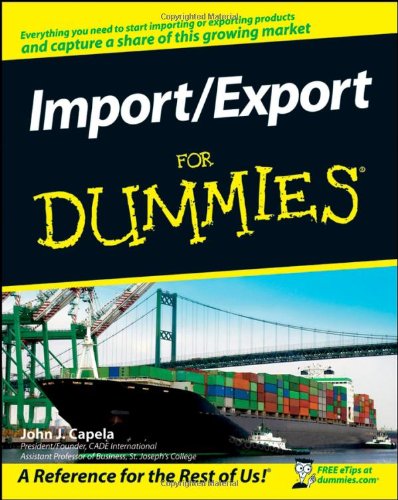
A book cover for Import / Export For Dummies; John J. Capela; Business & Money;